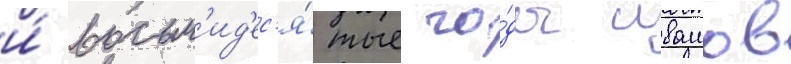
и́ восьм'ид'ес'я́тые го́ды ивашов